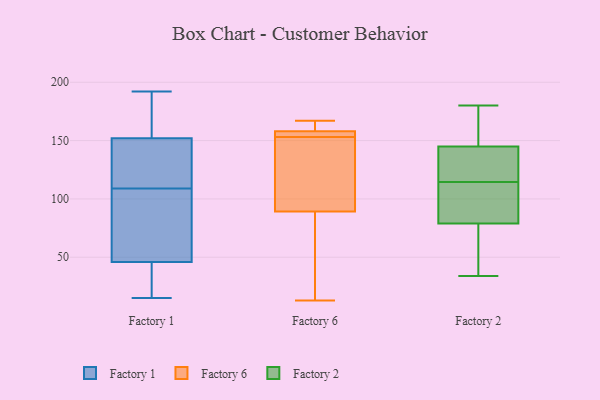
{"axis": {"x": "Production Output", "y": "Value"}, "legend": ["Factory 1", "Factory 2", "Factory 6"], "data": [{"x": "", "y": 152, "type": "Factory 1"}, {"x": "", "y": 192, "type": "Factory 1"}, {"x": "", "y": 30, "type": "Factory 1"}, {"x": "", "y": 15, "type": "Factory 1"}, {"x": "", "y": 46, "type": "Factory 1"}, {"x": "", "y": 104, "type": "Factory 1"}, {"x": "", "y": 39, "type": "Factory 1"}, {"x": "", "y": 114, "type": "Factory 1"}, {"x": "", "y": 67, "type": "Factory 1"}, {"x": "", "y": 147, "type": "Factory 1"}, {"x": "", "y": 120, "type": "Factory 1"}, {"x": "", "y": 57, "type": "Factory 1"}, {"x": "", "y": 192, "type": "Factory 1"}, {"x": "", "y": 161, "type": "Factory 1"}, {"x": "", "y": 158, "type": "Factory 6"}, {"x": "", "y": 131, "type": "Factory 6"}, {"x": "", "y": 158, "type": "Factory 6"}, {"x": "", "y": 158, "type": "Factory 6"}, {"x": "", "y": 164, "type": "Factory 6"}, {"x": "", "y": 153, "type": "Factory 6"}, {"x": "", "y": 167, "type": "Factory 6"}, {"x": "", "y": 53, "type": "Factory 6"}, {"x": "", "y": 13, "type": "Factory 6"}, {"x": "", "y": 81, "type": "Factory 6"}, {"x": "", "y": 114, "type": "Factory 6"}, {"x": "", "y": 51, "type": "Factory 2"}, {"x": "", "y": 127, "type": "Factory 2"}, {"x": "", "y": 67, "type": "Factory 2"}, {"x": "", "y": 140, "type": "Factory 2"}, {"x": "", "y": 91, "type": "Factory 2"}, {"x": "", "y": 99, "type": "Factory 2"}, {"x": "", "y": 34, "type": "Factory 2"}, {"x": "", "y": 126, "type": "Factory 2"}, {"x": "", "y": 165, "type": "Factory 2"}, {"x": "", "y": 103, "type": "Factory 2"}, {"x": "", "y": 180, "type": "Factory 2"}, {"x": "", "y": 150, "type": "Factory 2"}]}